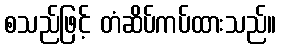
စသည်ဖြင့် တံဆိပ်ကပ်ထားသည်။